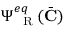
\Psi _ { \mathrm { ~ \tiny ~ R ~ } } ^ { e q } ( \bar { \mathbf { C } } )